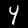
Label: 4